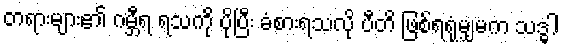
တရားများ၏ ဂမ္ဘီရ ရသကို ပိုပြီး ခံစားရသလို ပီတိ ဖြစ်ရရုံမျှမက သဒ္ဓါ